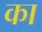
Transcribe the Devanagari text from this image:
का